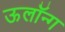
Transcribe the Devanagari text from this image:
ऊलॉन्ग